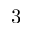
3